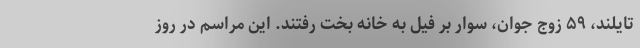
تایلند، ۵۹ زوج جوان، سوار بر فیل به خانه بخت رفتند. این مراسم در روز